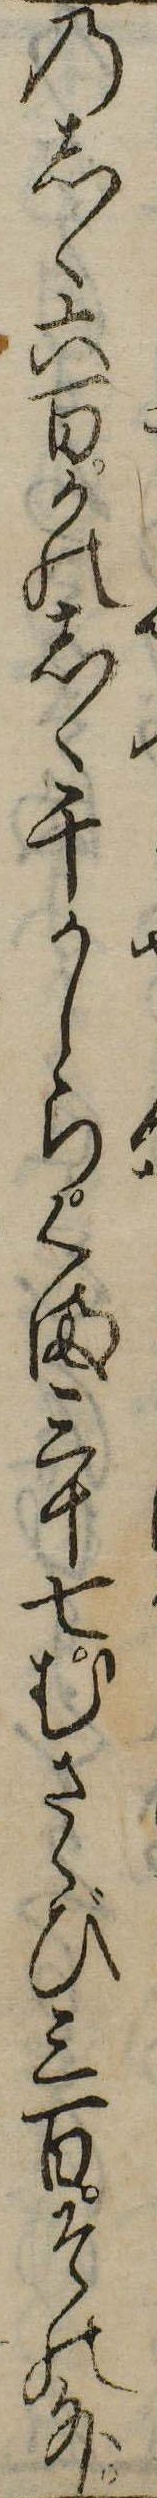
のしゝ六百かのしゝ千かしらくま三十七むさゝび三百その外